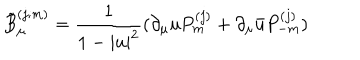
\tilde { B } _ { \mu } ^ { ( j ; m ) } = \frac { 1 } { 1 - | u | ^ { 2 } } ( \partial _ { \mu } u P _ { m } ^ { ( j ) } + \partial _ { \mu } \bar { u } P _ { - m } ^ { ( j ) } )